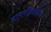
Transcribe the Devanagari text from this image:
दानशीलतेवर